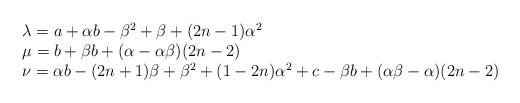
LaTeX: \begin{align*}\begin{array}{l} \lambda=a+\alpha b-\beta^2+\beta+(2n-1)\alpha^2 \\\mu=b+\beta b+(\alpha-\alpha\beta)(2n-2) \\\nu=\alpha b-(2n+1)\beta+\beta^2+(1-2n)\alpha^2+c-\beta b+(\alpha\beta-\alpha)(2n-2) \end{array}\end{align*}